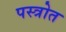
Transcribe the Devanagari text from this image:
पस्त्रोत